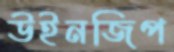
উইনজিপ